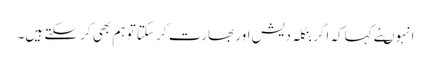
انہوںنے کہاکہ اگر بنگلہ دیش اور بھارت کر سکتا تو ہم بھی کر سکتے ہیں۔